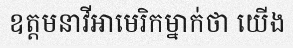
ឧត្តមនាវីអាមេរិកម្នាក់ថា យើង